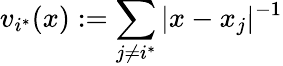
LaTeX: v_{i^{*}}(x):=\sum_{j\not=i^{*}}|x-x_{j}|^{-1}